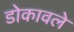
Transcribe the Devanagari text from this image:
डोकावले